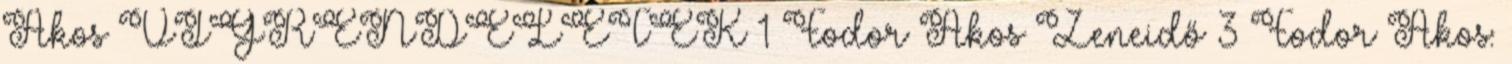
Ákos VÍGRENDELETEK 1 Fodor Ákos Zeneidő 3 Fodor Ákos: